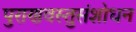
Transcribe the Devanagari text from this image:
पुराणवस्तुसंशोधन